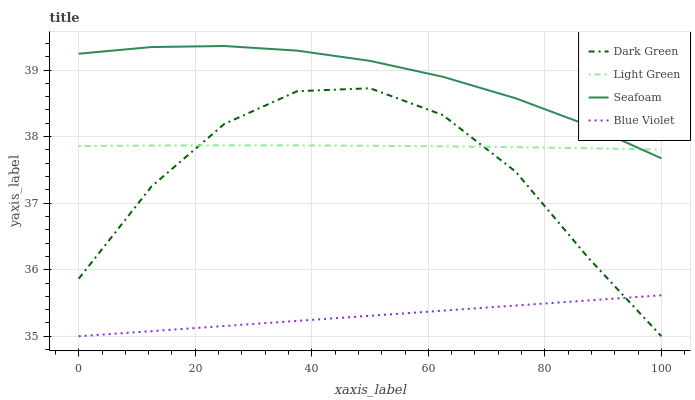
| xaxis_label | Dark Green | Light Green | Seafoam | Blue Violet |
 | --- | --- | --- | --- | --- |
 | 0 | 35.9 | 37.9 | 39.2 | 35 |
 | 12.5 | 37.3 | 37.9 | 39.3 | 35.1 |
 | 25 | 38.2 | 37.9 | 39.4 | 35.2 |
 | 37.5 | 38.7 | 37.9 | 39.3 | 35.2 |
 | 50 | 38.7 | 37.9 | 39.1 | 35.3 |
 | 62.5 | 38.3 | 37.9 | 38.9 | 35.4 |
 | 75 | 37.5 | 37.8 | 38.6 | 35.5 |
 | 87.5 | 36.2 | 37.8 | 38.2 | 35.5 |
 | 100 | 35 | 37.8 | 37.7 | 35.6 |